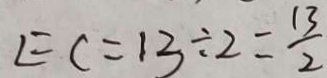
E C = 1 3 \div 2 = \frac { 1 3 } { 2 }